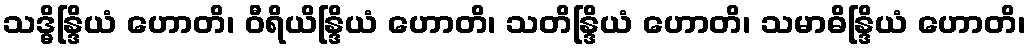
သဒ္ဓိန္ဒြိယံ ဟောတိ၊ ဝီရိယိန္ဒြိယံ ဟောတိ၊ သတိန္ဒြိယံ ဟောတိ၊ သမာဓိန္ဒြိယံ ဟောတိ၊